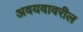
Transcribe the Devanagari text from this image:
अवयवावरील